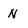
Character: n